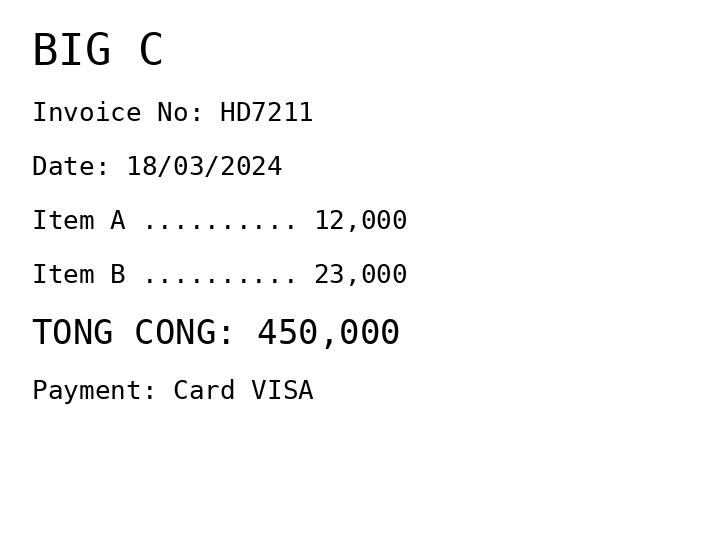
BIG C
Invoice No: HD7211
Date: 18/03/2024
Item A .......... 12,000
Item B .......... 23,000
TONG CONG: 450,000
Payment: Card VISA
Merchant: big c
Date: 2024-03-18
Total: 450000
Invoice No: HD7211
Payment method: CARD